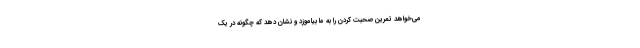
می‌خواهد تمرین صحبت کردن را به ما بیاموزد و نشان دهد که چگونه در یک